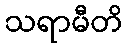
သရာမီတိ